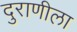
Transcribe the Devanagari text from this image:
दुराणीला